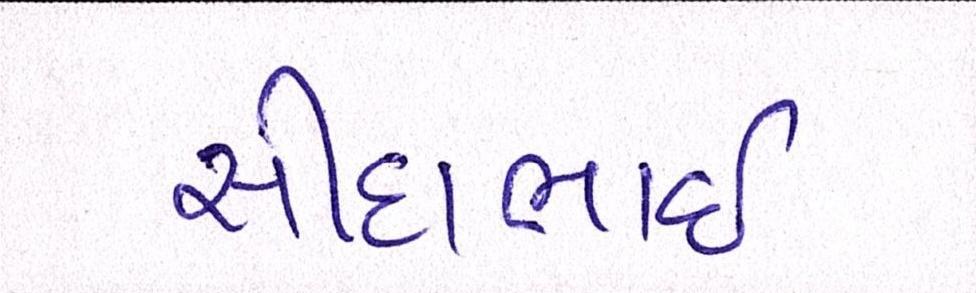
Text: સીદાભાઈ